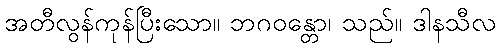
အတီလွန်ကုန်ပြီးသော။ ဘဂဝန္တော၊ သည်။ ဒါနသီလ